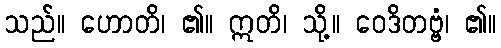
သည်။ ဟောတိ၊ ၏။ ဣတိ၊ သို့။ ဝေဒိတဗ္ဗံ၊ ၏။